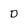
Character: D